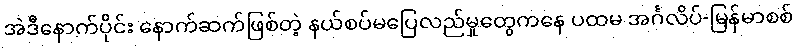
အဲဒီနောက်ပိုင်း နောက်ဆက်ဖြစ်တဲ့ နယ်စပ်မပြေလည်မှုတွေကနေ ပထမ အင်္ဂလိပ်-မြန်မာစစ်